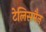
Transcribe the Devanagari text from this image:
टेलिसमैन